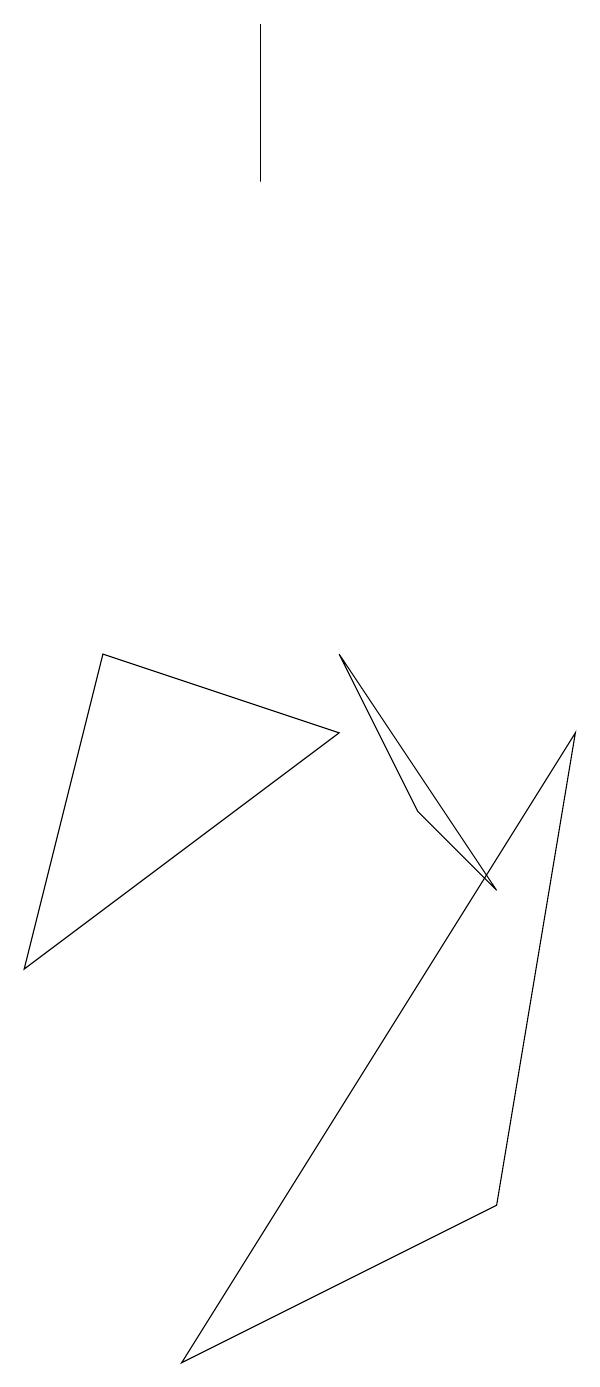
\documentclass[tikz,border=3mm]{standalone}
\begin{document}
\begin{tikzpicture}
\draw (6,7) -- (5,9) -- (7,6) -- cycle;
\draw (2,9) -- (5,8) -- (1,5) -- cycle;
\draw (4,17) rectangle (4,15);
\draw (3,0) -- (8,8) -- (7,2) -- cycle;
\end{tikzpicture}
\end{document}